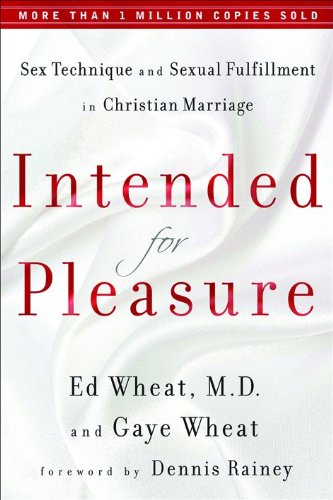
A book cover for Intended for Pleasure: Sex Technique and Sexual Fulfillment in Christian Marriage; Ed M.D. Wheat; Self-Help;